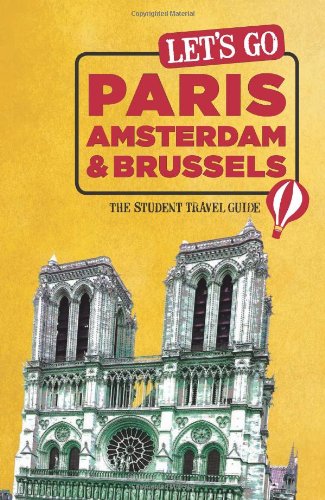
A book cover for Let's Go Paris, Amsterdam & Brussels: The Student Travel Guide; Inc. Harvard Student Agencies; Travel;